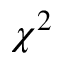
\chi ^ { 2 }